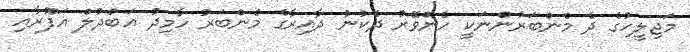
މަޖިލީހުގެ ދެ މެންބަރުންނަކީ ހެންވޭރު ދެކުނު ދާއިރާގެ މެންބަރު ހާމިދު އަބްދުލް ޣަފޫރާއި